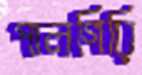
পালগিরি